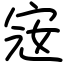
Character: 宼